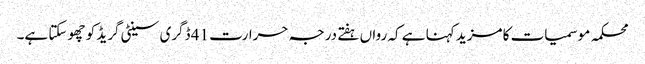
محکمہ موسمیات کا مزید کہنا ہے کہ رواں ہفتے درجہ حرارت 41 ڈگری سینٹی گریڈ کو چھو سکتا ہے۔